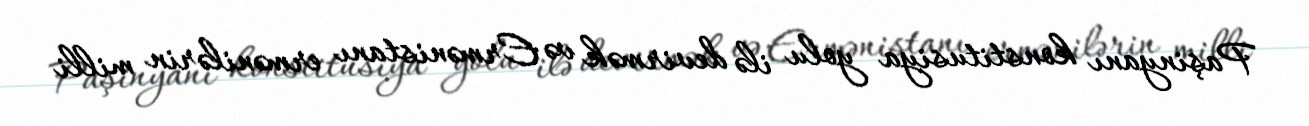
Paşinyanı konstitusiya yolu ilə devirmək və Ermənistanı ermənilərin milli